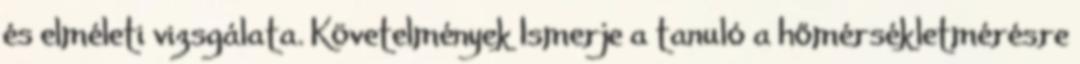
és elméleti vizsgálata. Követelmények Ismerje a tanuló a hőmérsékletmérésre